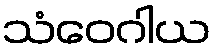
သံဝေဂါယ